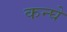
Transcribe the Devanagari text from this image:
कन्घे